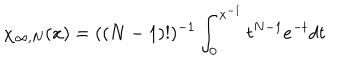
LaTeX: \chi _ { \infty , N } ( x ) = ( ( N - 1 ) ! ) ^ { - 1 } \int _ { 0 } ^ { x ^ { - 1 } } t ^ { N - 1 } e ^ { - t } d t